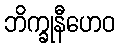
ဘိက္ခုနီဟေဝ